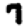
Digit: 7